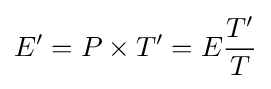
E'=P\times T'=E{\frac {T'}{T}}